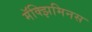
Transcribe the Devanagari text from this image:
मॅक्झिमिनस